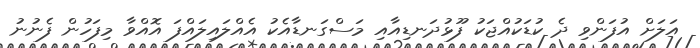
އަލަށް އުފަންވި ދެ ކުޑަކުއްޖަކު ފޫޅުދަނޑިއާއި މަސްގަނޑާއެކު އެއްލައިލައްފަ އޮއްވާ މިފަހުން ފެނުނު